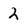
Character: 2